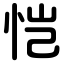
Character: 恺